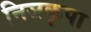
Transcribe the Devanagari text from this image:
निजकृपा